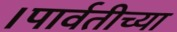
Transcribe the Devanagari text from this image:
।पार्वतीच्या